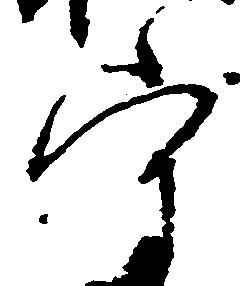
守